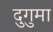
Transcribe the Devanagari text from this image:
दुगुमा